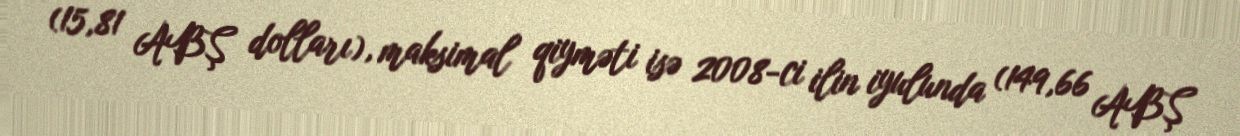
(15,81 ABŞ dolları), maksimal qiyməti isə 2008-ci ilin iyulunda (149,66 ABŞ